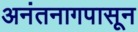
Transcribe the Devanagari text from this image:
अनंतनागपासून